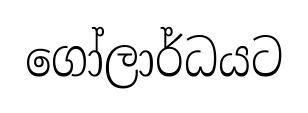
ගෝලාර්ධයට